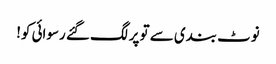
نوٹ بندی سے تو پر لگ گئے رسوائی کو!